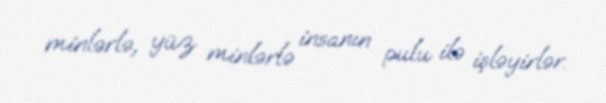
minlərlə, yüz minlərlə insanın pulu ilə işləyirlər.